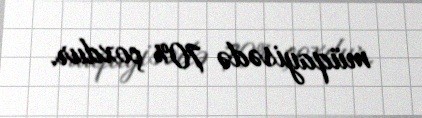
müqayisədə 70% çoxdur.